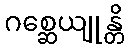
ဂစ္ဆေယျုန္တိ